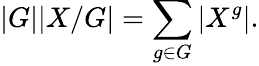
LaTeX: |G||X/G|=\sum_{g\in G}|X^{g}|.